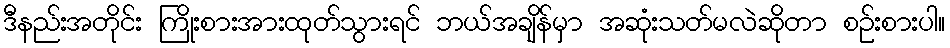
ဒီနည်းအတိုင်း ကြိုးစားအားထုတ်သွားရင် ဘယ်အချိန်မှာ အဆုံးသတ်မလဲဆိုတာ စဉ်းစားပါ။